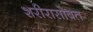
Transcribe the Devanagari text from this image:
शरीरासोबत